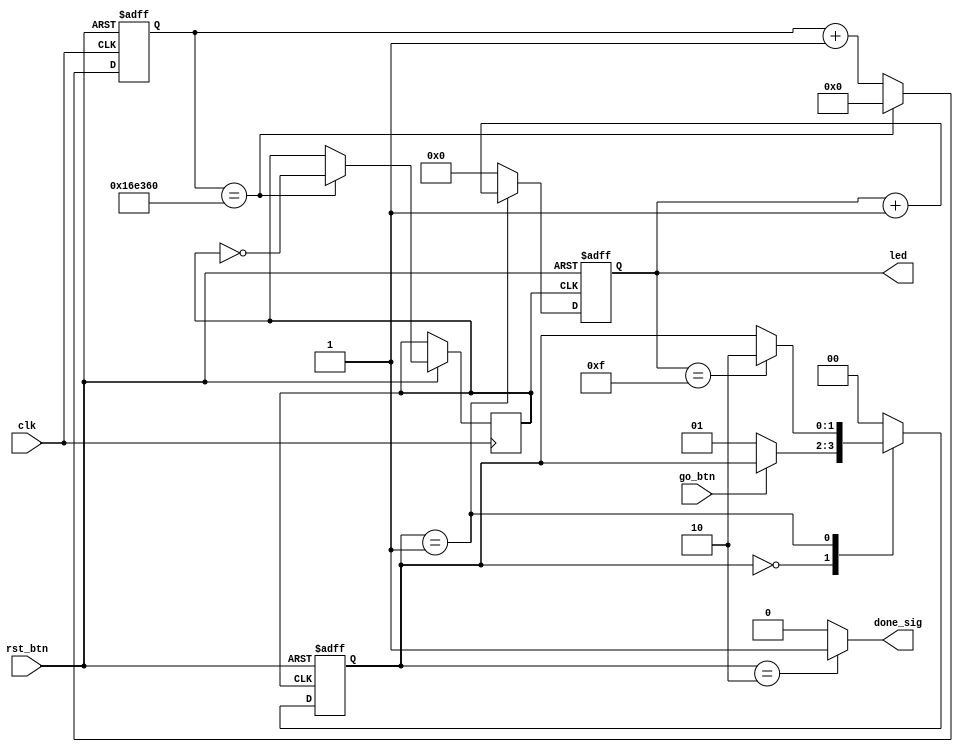
// Muthanna Alwahash
// Sept 2023


// State machine that counts up when button is pressed
module moore_fsm (

    // Inputs
    input               clk,
    input               rst_btn,
    input               go_btn,
    
    // Outputs
    output  reg [3:0]   led,
    output  reg         done_sig
);

    // States
    localparam  STATE_IDLE      = 2'd0;
    localparam  STATE_COUNTING  = 2'd1;
    localparam  STATE_DONE      = 2'd2;
    
    // Max counts for clock divider and counter
    localparam  MAX_CLK_COUNT   = 24'd1500000;
    localparam  MAX_LED_COUNT   = 4'hF;
    
    // Internal signals
    wire rst;
    wire go;
    
    // Internal storage elements
    reg         div_clk;
    reg [1:0]   state;
    reg [23:0]  clk_count;
    
    // Invert active-low buttons
    assign rst = ~rst_btn;
    assign go = ~go_btn;
    
    // Clock divider
    always @ (posedge clk or posedge rst) begin
        if (rst == 1'b1) begin
            clk_count <= 24'b0;
        end else if (clk_count == MAX_CLK_COUNT) begin
            clk_count <= 24'b0;
            div_clk <= ~div_clk;
        end else begin
            clk_count <= clk_count + 1;
        end
    end
    
    // State transition logic
    always @ (posedge div_clk or posedge rst) begin
    
        // On reset, return to idle state
        if (rst == 1'b1) begin
            state <= STATE_IDLE;
            
        // Define the state transitions
        end else begin
            case (state)
            
                // Wait for go button to be pressed
                STATE_IDLE: begin
                    if (go == 1'b1) begin
                        state <= STATE_COUNTING;
                    end
                end
                
                // Go from counting to done if counting reaches max
                STATE_COUNTING: begin
                    if (led == MAX_LED_COUNT) begin
                        state <= STATE_DONE;
                    end
                end
                
                // Spend one clock cycle in done state
                STATE_DONE: state <= STATE_IDLE;
                
                // Go to idle if in unknown state
                default: state <= STATE_IDLE;
            endcase
        end
    end
    
    // Handle the LED counter
    always @ (posedge div_clk or posedge rst) begin
        if (rst == 1'b1) begin
            led <= 4'd0;
        end else begin
            if (state == STATE_COUNTING) begin
                led <= led + 1;
            end else begin
                led <= 4'd0;
            end
        end
    end
    
    // Handle done LED output
    always @ ( * ) begin
        if (state == STATE_DONE) begin
            done_sig = 1'b1;
        end else begin
            done_sig = 1'b0;
        end
    end
    
endmodule